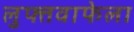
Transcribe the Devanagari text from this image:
लुफ्तवाफेला